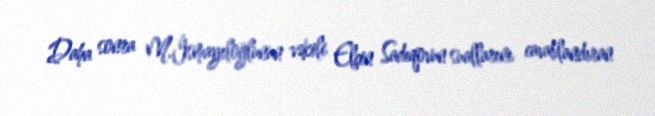
Daha sonra M.İsmayıloğlunun vəkili Elçin Sadıqovun suallarını cavablandıran